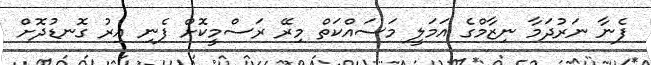
ފެނާ ނަރުދަމާ ނިޒާމްގެ އަމަލީ މަސައްކަތް މިރޭ ރަސްމީކޮށް ފެނި އިރު ގޮނޑުދޮށް